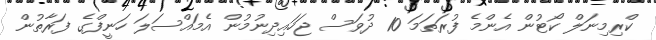
ކްރިމިނަލް ކޯޓުން އެންމެ ފުރަތަމަ 10 ދުވަސް ޖަހައިދިނުމުން އެމައްސަލަ ހަނީފްގެ ފަރާތުން